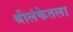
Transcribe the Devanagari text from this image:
श्रीलंकेतला